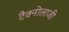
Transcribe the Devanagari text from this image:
टैक्नोलाजी